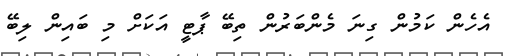
އެހެން ކަމުން ގިނަ މެންބަރުން ތިބޭ ޕާޓީ އަކަށް މި ބައިން ލިބޭ